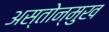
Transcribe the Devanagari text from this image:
अस्तोन्मुख